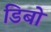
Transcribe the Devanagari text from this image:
डिबो